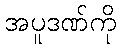
အပူဒဏ်ကို